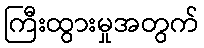
ကြီးထွားမှုအတွက်